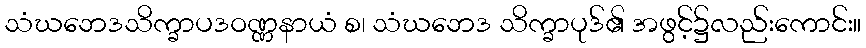
သံဃဘေဒသိက္ခာပဒဝဏ္ဏနာယံ စ၊ သံဃဘေဒ သိက္ခာပုဒ်၏ အဖွင့်၌လည်းကောင်း။